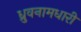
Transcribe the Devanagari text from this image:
ध्रुवनामधारी